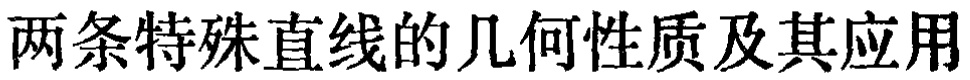
两条特殊直线的几何性质及其应用